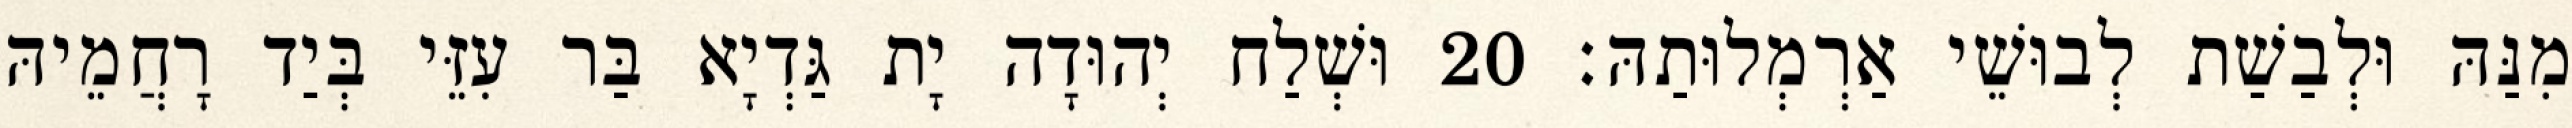
מִנַּהּ וּלְבַשַׁת לְבוּשֵׁי אַרְמְלוּתַהּ׃ 20 וּשְׁלַח יְהוּדָה יָת גַּדְיָא בַּר עִזֵּי בְּיַד רָחֲמֵיהּ